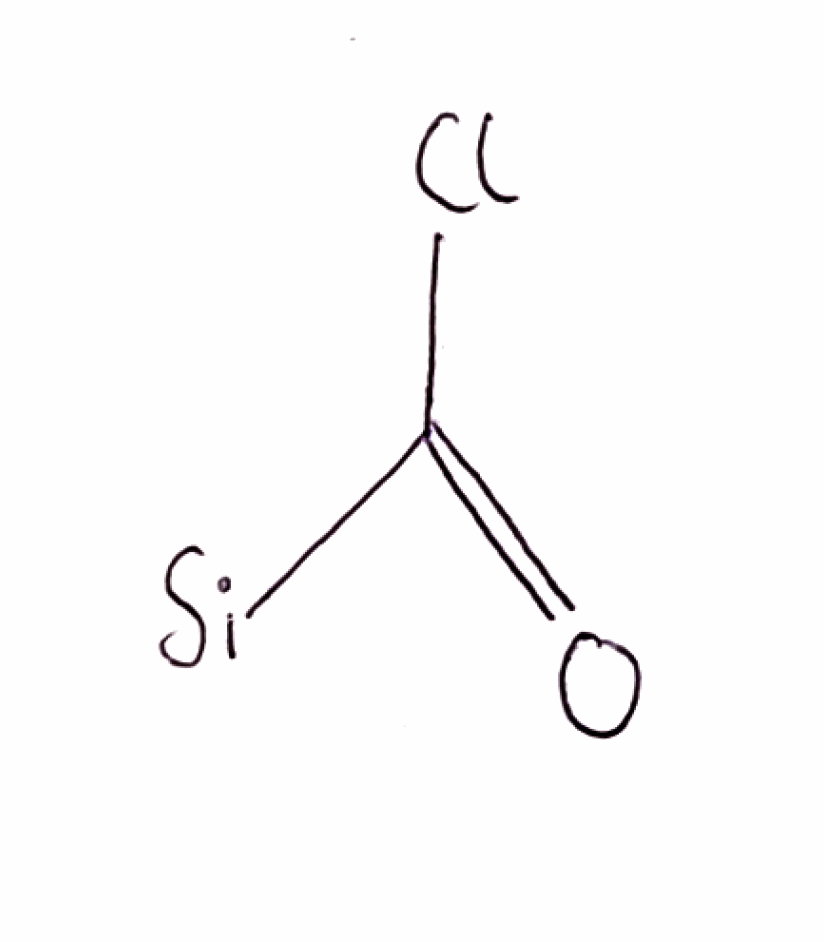
Simplified molecular-input line-entry system (SMILES) notation of the given molecule:
C(=O)([Si])Cl